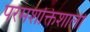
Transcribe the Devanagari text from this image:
परमशक्तिशाली